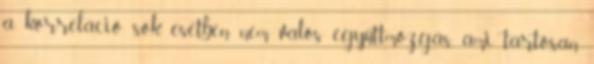
a korreláció sok esetben nem valós együttmozgás, ami tartósan